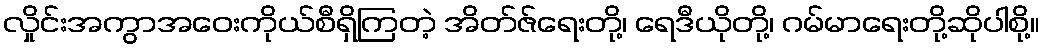
လှိုင်းအကွာအဝေးကိုယ်စီရှိကြတဲ့ အိတ်ဇ်ရေးတို့၊ ရေဒီယိုတို့၊ ဂမ်မာရေးတို့ဆိုပါစို့။